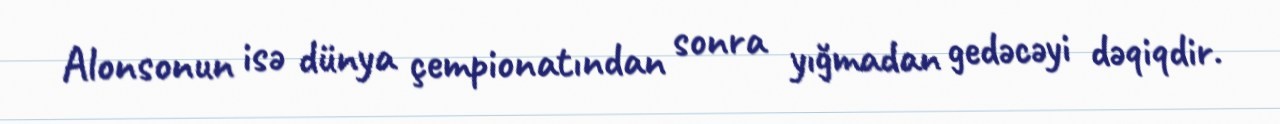
Alonsonun isə dünya çempionatından sonra yığmadan gedəcəyi dəqiqdir.